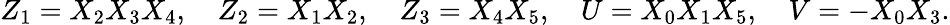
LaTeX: Z_{1}=X_{2}X_{3}X_{4},\quad Z_{2}=X_{1}X_{2},\quad Z_{3}=X_{4}X_{5},\quad U=X_{0}X_{1}X_{5},\quad V=-X_{0}X_{3}.